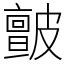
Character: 皽